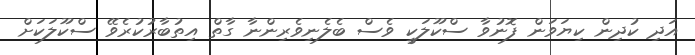
އަދި ކުދިން ކިޔަވަން ފޮނުވާ ސްކޫލަކީ ވެސް ބެލެނިވެރިންނާ ގާތް އިތުބާރުކުރެވޭ ސްކޫލަކަށް